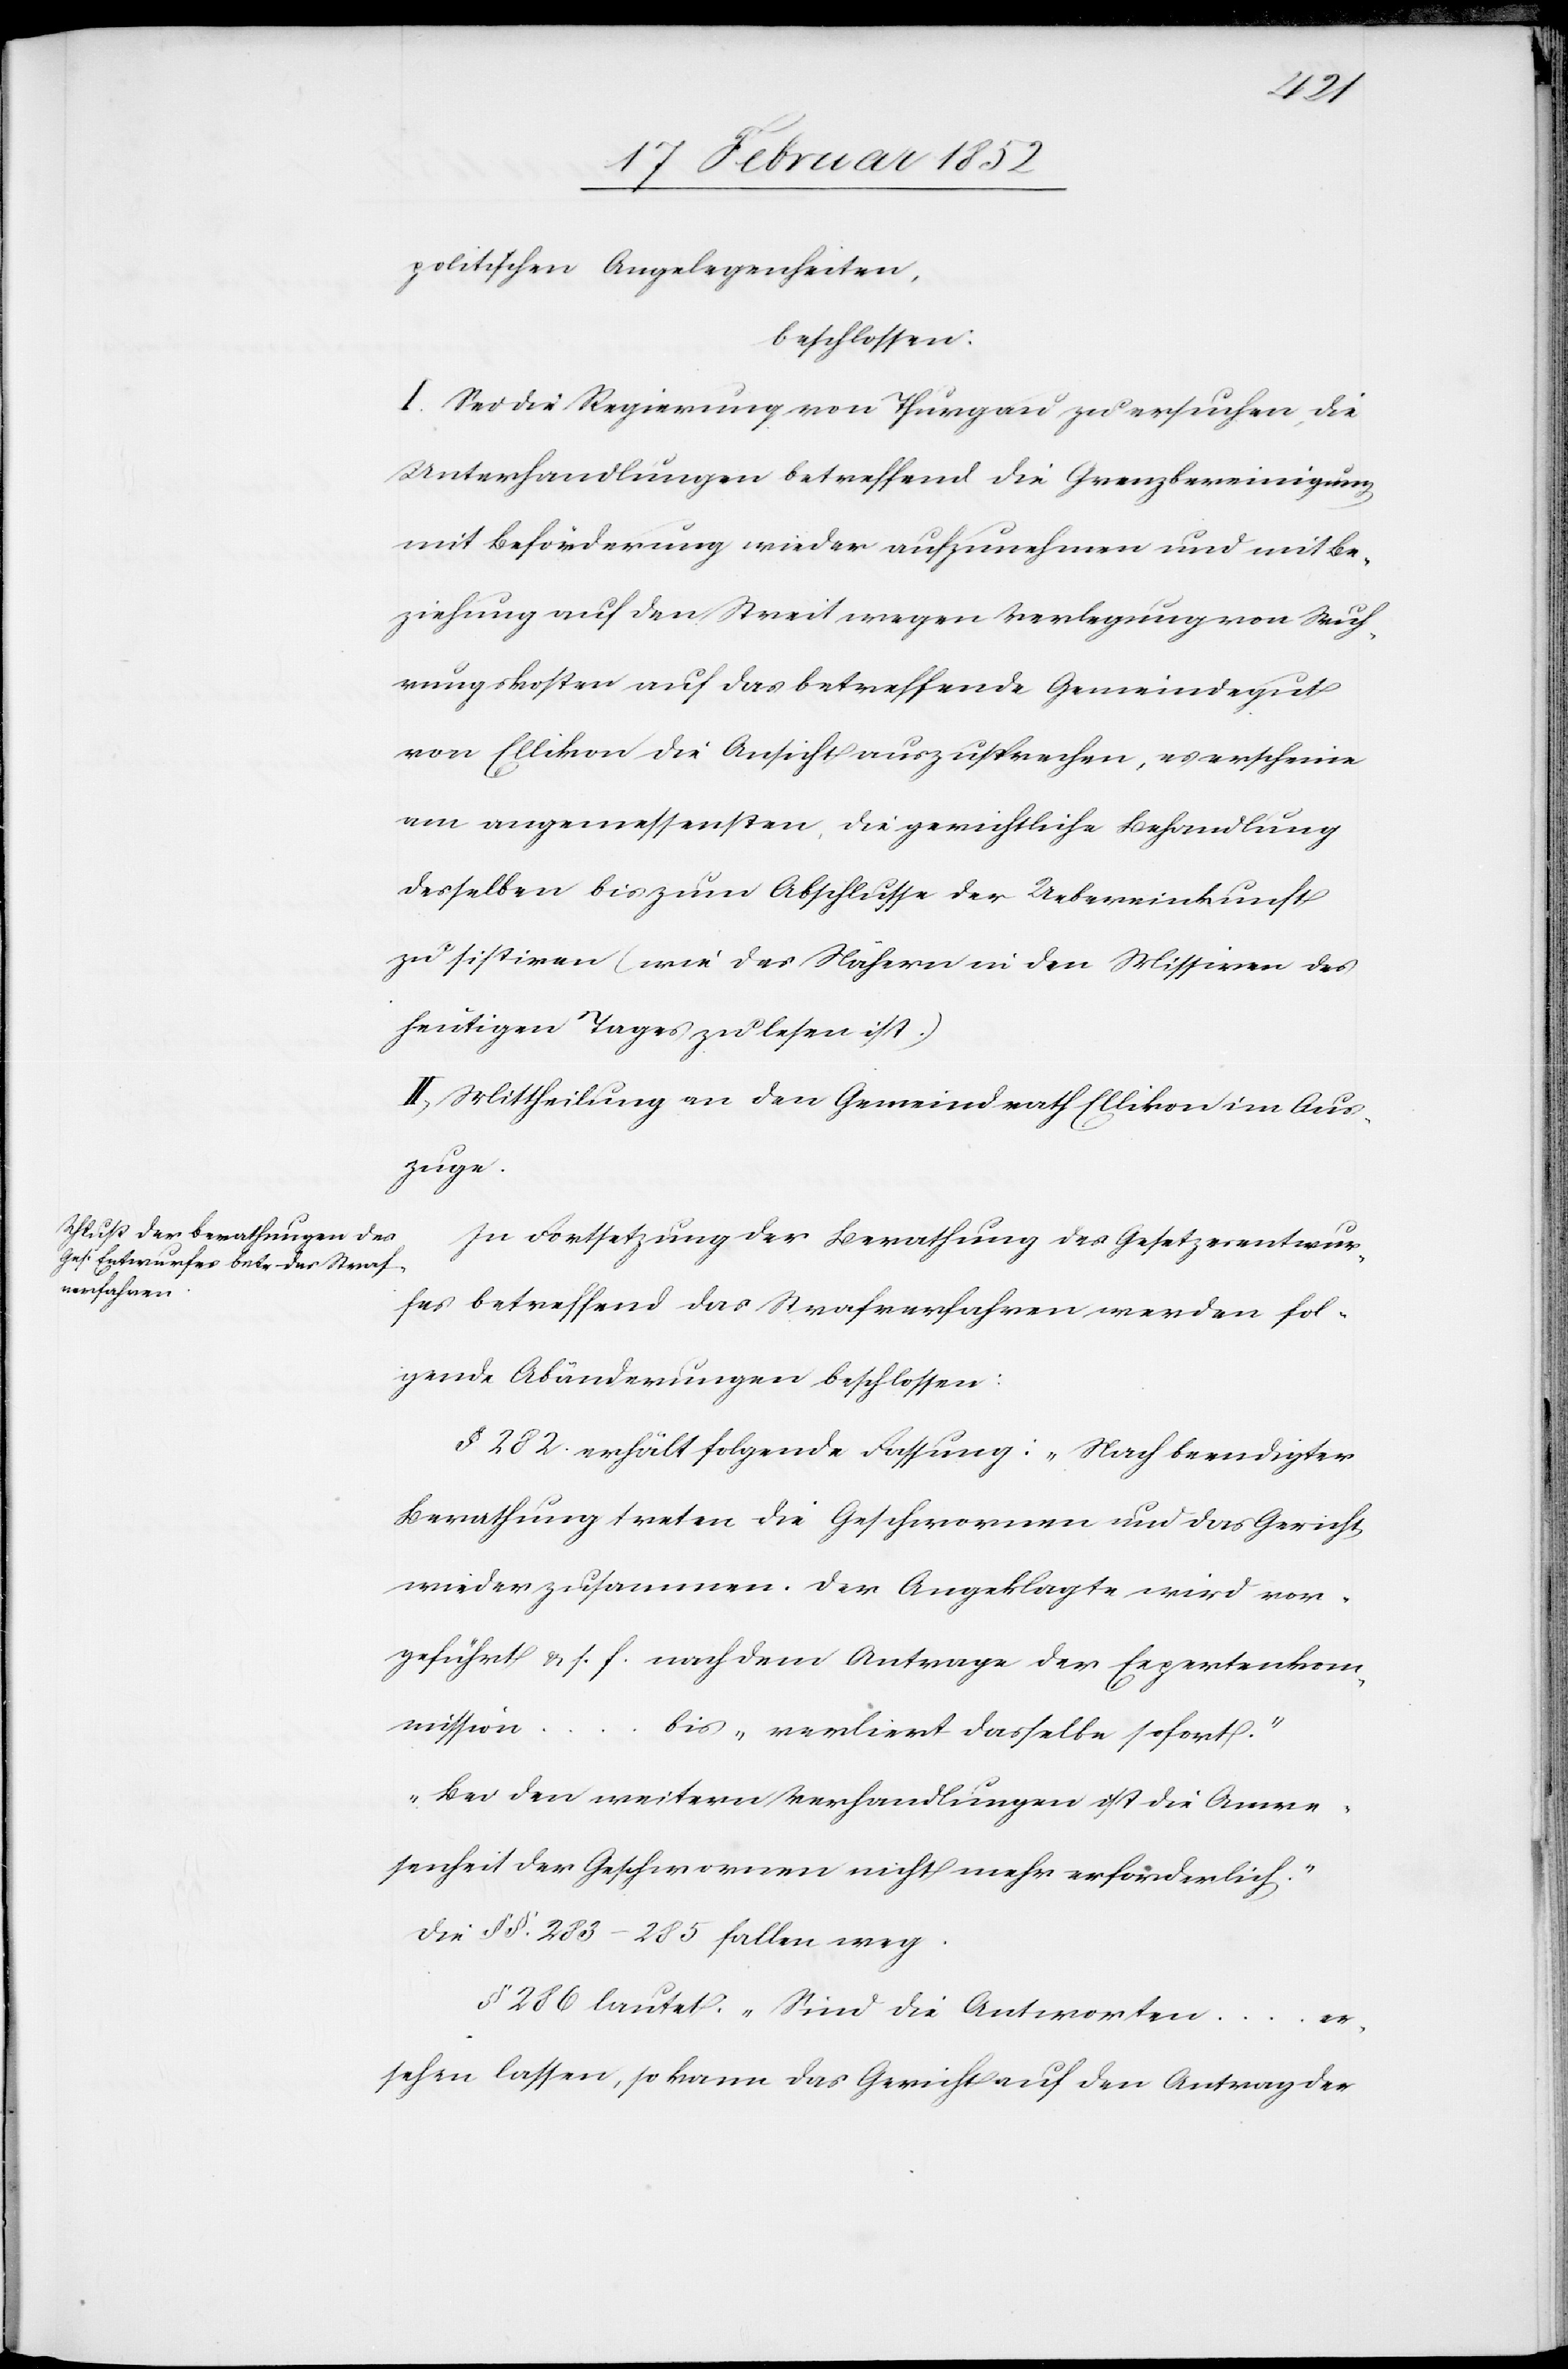
politischen Angelegenheiten,
beschlossen:
I. Sei die Regierung von Thurgau zu ersuchen, die
Unterhandlungen betreffend die Grenzbereinigung
mit Beförderung wieder aufzunehmen und mit Be¬
ziehung auf den Streit wegen Verlegung von Wuh¬
rungskosten auf das betreffende Gemeindgut
von Ellikon die Ansicht auszusprechen, es erscheine
am angemessensten, die gerichtliche Behandlung
desselben bis zum Abschlusse der Uebereinkunft
zu sistiren (wie des Nähern in den Missiven des
heutigen Tages zu lesen ist.)
II. Mittheilung an den Gemeindrath Ellikon im Aus¬
zuge.
In Fortsetzung der Berathung des Gesetzesentwur¬
fes betreffend das Strafverfahren werden fol¬
gende Abänderungen beschlossen:
§ 282. erhält folgende Fassung: „Nach beendigter
Berathung treten die Geschwornen und das Gericht
wieder zusammen. Der Angeklagte wird vor¬
geführt[“] u. s. f. nach dem Antrage der Expertenkom¬
mission
...
bis „verliert dasselbe sofort.“
„Bei den weitern Verhandlungen ist die Anwe¬
senheit der Geschwornen nicht mehr erforderlich.“
Die §§. 283–285 fallen weg.
§ 286 lautet: „Sind die Antworten
er¬
sehen lassen, so kann das Gericht auf den Antrag der